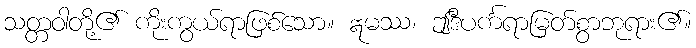
သတ္တဝါတို့၏ ကိုးကွယ်ရာဖြစ်သော။ ဣမဿ၊ ဤဒီပင်္ကရာမြတ်စွာဘုရား၏။